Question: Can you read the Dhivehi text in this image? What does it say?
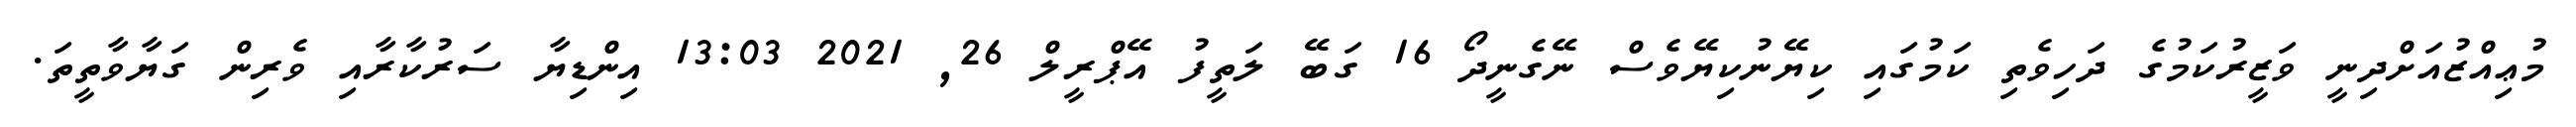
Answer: މުޢިއްޒުއަށްދިނީ ވަޒީރުކަމުގެ ދަހިވެތި ކަމުގައި ކިޔޭނުކިޔޭވެސް ނޭގެނީދޯ 16 ގަބޭ ލަތީފު އޭޕްރީލް 26, 2021 13:03 އިންޑިޔާ ސަރުކާރާއި ވެރިން ގަޔާވާތީތަ.